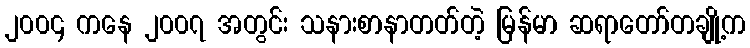
၂၀၀၄ ကနေ ၂၀၀၇ အတွင်း သနားစာနာတတ်တဲ့ မြန်မာ ဆရာတော်တချို့က